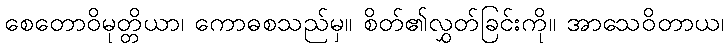
စေတောဝိမုတ္တိယာ၊ ကောဓစသည်မှ။ စိတ်၏လွှတ်ခြင်းကို။ အာသေဝိတာယ၊